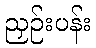
ညှဉ်းပန်း